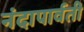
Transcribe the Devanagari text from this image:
नंदापार्वती